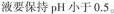
液要保持pH小于0.5。